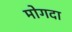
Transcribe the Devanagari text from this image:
मोगदा